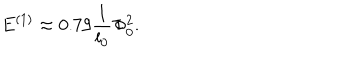
LaTeX: E ^ { ( 1 ) } \approx 0 . 7 9 \frac { 1 } { l _ { 0 } } \Phi _ { 0 } ^ { 2 } .